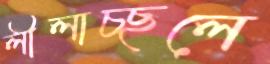
লীলাচ্ছলে